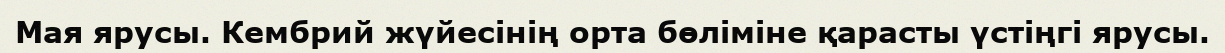
Мая ярусы. Кембрий жүйесінің орта бөліміне қарасты үстіңгі ярусы.